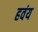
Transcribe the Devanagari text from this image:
हवंय